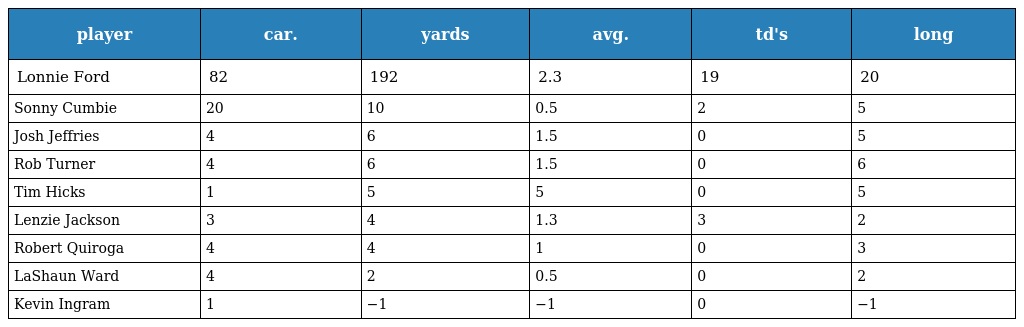
| player | car. | yards | avg. | td's | long |
 | --- | --- | --- | --- | --- | --- |
 | Lonnie Ford | 82 | 192 | 2.3 | 19 | 20 |
 | Sonny Cumbie | 20 | 10 | 0.5 | 2 | 5 |
 | Josh Jeffries | 4 | 6 | 1.5 | 0 | 5 |
 | Rob Turner | 4 | 6 | 1.5 | 0 | 6 |
 | Tim Hicks | 1 | 5 | 5 | 0 | 5 |
 | Lenzie Jackson | 3 | 4 | 1.3 | 3 | 2 |
 | Robert Quiroga | 4 | 4 | 1 | 0 | 3 |
 | LaShaun Ward | 4 | 2 | 0.5 | 0 | 2 |
 | Kevin Ingram | 1 | −1 | −1 | 0 | −1 |